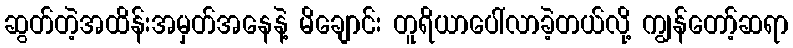
ဆွတ်တဲ့အထိန်းအမှတ်အနေနဲ့ မိချောင်း တူရိယာပေါ်လာခဲ့တယ်လို့ ကျွန်တော့်ဆရာ